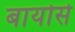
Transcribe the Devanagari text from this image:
बायोसे